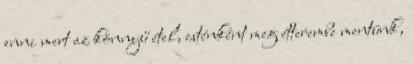
enni mert az könnyű étel, esténként meg étterembe mentünk,